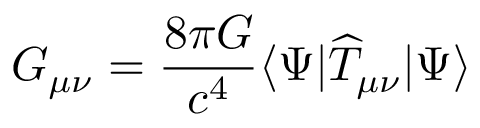
G _ { \mu \nu } = \frac { 8 \pi G } { c ^ { 4 } } \langle \Psi \vert \widehat { T } _ { \mu \nu } \vert \Psi \rangle